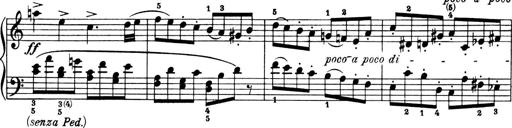
Title: 4 Sonatines
Composer: Max Reger